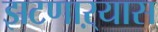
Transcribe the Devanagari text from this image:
झटणाऱ्यास